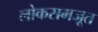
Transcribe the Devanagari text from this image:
लोकसमजूत